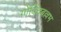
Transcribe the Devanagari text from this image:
गोविंदबल्लभ